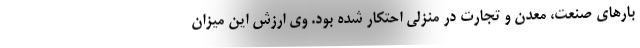
بارهای صنعت، معدن و تجارت در منزلی احتکار شده بود. وی ارزش این میزان